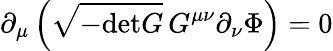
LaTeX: \partial_{\mu}\left(\sqrt{-\mathrm{det}G}\, G^{\mu\nu}\partial_{\nu}\Phi\right)=0